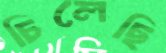
চিলেছি